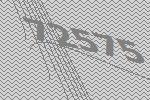
72575